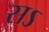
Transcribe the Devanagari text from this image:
सऽ